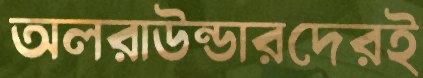
অলরাউন্ডারদেরই